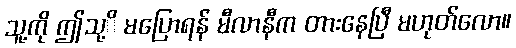
သူ့ကို ဤသု့ိ မပြောရန် မီလာနီက တားနေပြီ မဟုတ်လော။